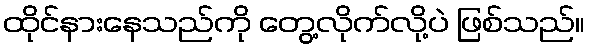
ထိုင်နားနေသည်ကို တွေ့လိုက်လို့ပဲ ဖြစ်သည်။